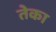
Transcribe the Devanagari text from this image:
तेका